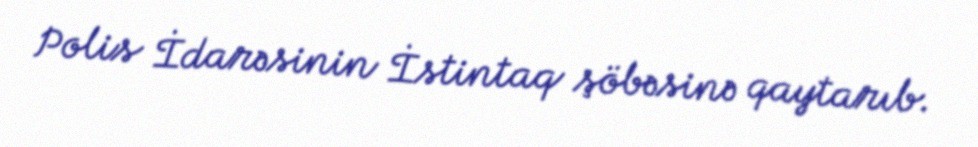
Polis İdarəsinin İstintaq şöbəsinə qaytarıb.